Civil Veterinary Department Bengal reports 1933-51 - 1933-1951
Year: 1933
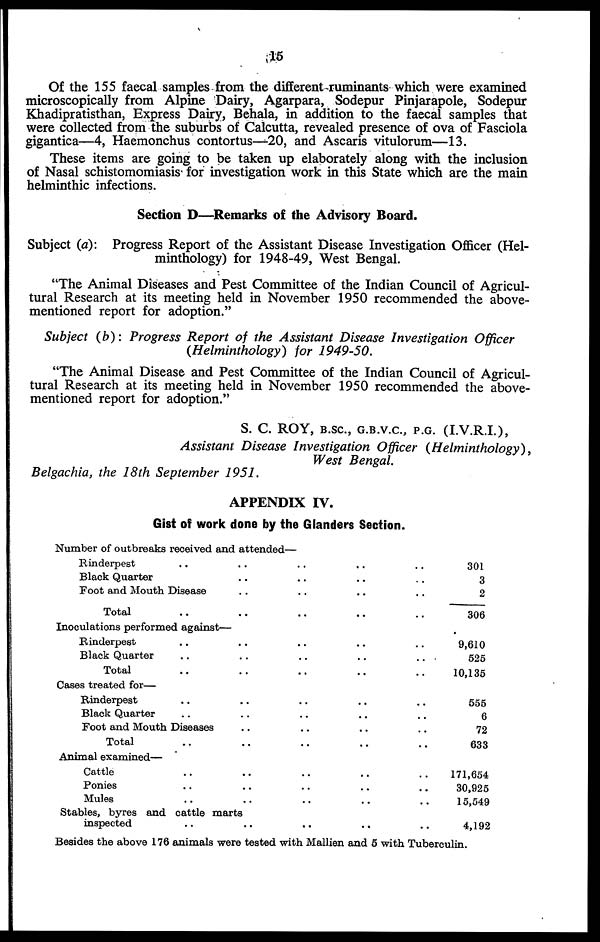
15
Of the 155 faecal samples from the different ruminants which were examined
microscopically from Alpine Dairy, Agarpara, Sodepur Pinjarapole, Sodepur
Khadipratisthan, Express Dairy, Behala, in addition to the faecal samples that
were collected from the suburbs of Calcutta, revealed presence of ova of Fasciola
gigantica—4, Haemonchus contortus—20, and Ascaris vitulorum—13.
These items are going to be taken up elaborately along with the inclusion
of Nasal schistomomiasis for investigation work in this State which are the main
helminthic infections.
Section D—Remarks of the Advisory Board.
Subject (a): Progress Report of the Assistant Disease Investigation Officer (Hel-
minthology) for 1948-49, West Bengal.
"The Animal Diseases and Pest Committee of the Indian Council of Agricul-
tural Research at its meeting held in November 1950 recommended the above-
mentioned report for adoption."
Subject (b): Progress Report of the Assistant Disease Investigation Officer
(Helminthology) for 1949-50.
"The Animal Disease and Pest Committee of the Indian Council of Agricul-
tural Research at its meeting held in November 1950 recommended the above-
mentioned report for adoption."
S. C. ROY, B.SC., G.B.V.C., P.G. (I.V.R.I.),
Assistant Disease Investigation Officer (Helminthology),
West Bengal.
Belgachia, the 18th September 1951.
APPENDIX IV.
Gist off work done by the Glanders Section.
Number of outbreaks received and attended—
Rinderpest .. .. .. .. ..
Black Quarter .. .. .. ..
Foot and Mouth Disease .. .. .. ..
Total .. .. .. .. ..
Inoculations performed against—
Rinderpest .. .. .. .. ..
Black Quarter .. .. .. .. ..
Total .. .. .. .. ..
Cases treated for—
Rinderpest .. .. .. .. ..
Black Quarter .. .. .. .. ..
Foot and Mouth Diseases .. .. .. ..
Total .. .. .. .. ..
Animal examined—
Cattle .. .. .. .. ..
Ponies .. .. .. .. ..
Mules .. .. .. .. ..
Stables, byres and cattle marts
inspected .. .. .. .. ..
301
3
2
306
9,610
525
10,135
555
6
72
633
171,654
30,925
15,549
4,192
Besides the above 176 animals were tested with Mallien and 5 with Tuberculin.